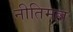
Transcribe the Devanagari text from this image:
नीतिमल्ल